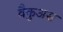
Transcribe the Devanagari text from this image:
वैकुअस